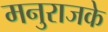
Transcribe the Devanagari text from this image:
मनुराजके